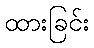
ထားခြင်း